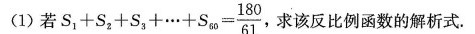
①)若S _{1}+S_{2}+S_{3}+\dots +S_{60}=\frac{180}{61}求该反比例函数的解析式。